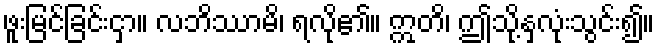
ဖူးမြင်ခြင်းငှာ။ လဘိဿာမိ၊ ရလို၏။ ဣတိ၊ ဤသို့နှလုံးသွင်း၍။